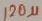
Text: 120µ